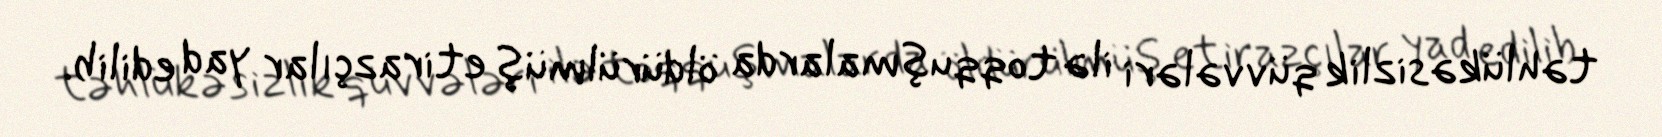
təhlükəsizlik qüvvələri ilə toqquşmalarda öldürülmüş etirazçılar yad edilib.